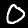
Label: 0